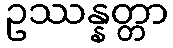
ဥဿန္နတ္တာ